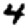
Digit: 4